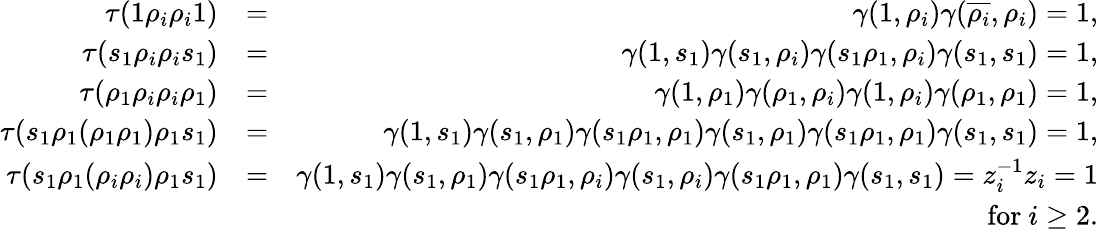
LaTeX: \begin{array}{rlr}{\tau(1\rho_{i}\rho_{i}1)}&{=}&{\gamma(1,\rho_{i})\gamma(\overline{{\rho_{i}}},\rho_{i})=1,}\\ {\tau(s_{1}\rho_{i}\rho_{i}s_{1})}&{=}&{\gamma(1,s_{1})\gamma(s_{1},\rho_{i})\gamma(s_{1}\rho_{1},\rho_{i})\gamma(s_{1},s_{1})=1,}\\ {\tau(\rho_{1}\rho_{i}\rho_{i}\rho_{1})}&{=}&{\gamma(1,\rho_{1})\gamma(\rho_{1},\rho_{i})\gamma(1,\rho_{i})\gamma(\rho_{1},\rho_{1})=1,}\\ {\tau(s_{1}\rho_{1}(\rho_{1}\rho_{1})\rho_{1}s_{1})}&{=}&{\gamma(1,s_{1})\gamma(s_{1},\rho_{1})\gamma(s_{1}\rho_{1},\rho_{1})\gamma(s_{1},\rho_{1})\gamma(s_{1}\rho_{1},\rho_{1})\gamma(s_{1},s_{1})=1,}\\ {\tau(s_{1}\rho_{1}(\rho_{i}\rho_{i})\rho_{1}s_{1})}&{=}&{\gamma(1,s_{1})\gamma(s_{1},\rho_{1})\gamma(s_{1}\rho_{1},\rho_{i})\gamma(s_{1},\rho_{i})\gamma(s_{1}\rho_{1},\rho_{1})\gamma(s_{1},s_{1})=z_{i}^{-1}z_{i}=1}\\ &{}&{\textrm{for}~i\geq 2.}\end{array}